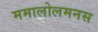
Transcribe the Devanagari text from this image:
ममालोलमनस